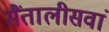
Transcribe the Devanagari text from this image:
सैंतालीसवां